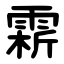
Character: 䨛